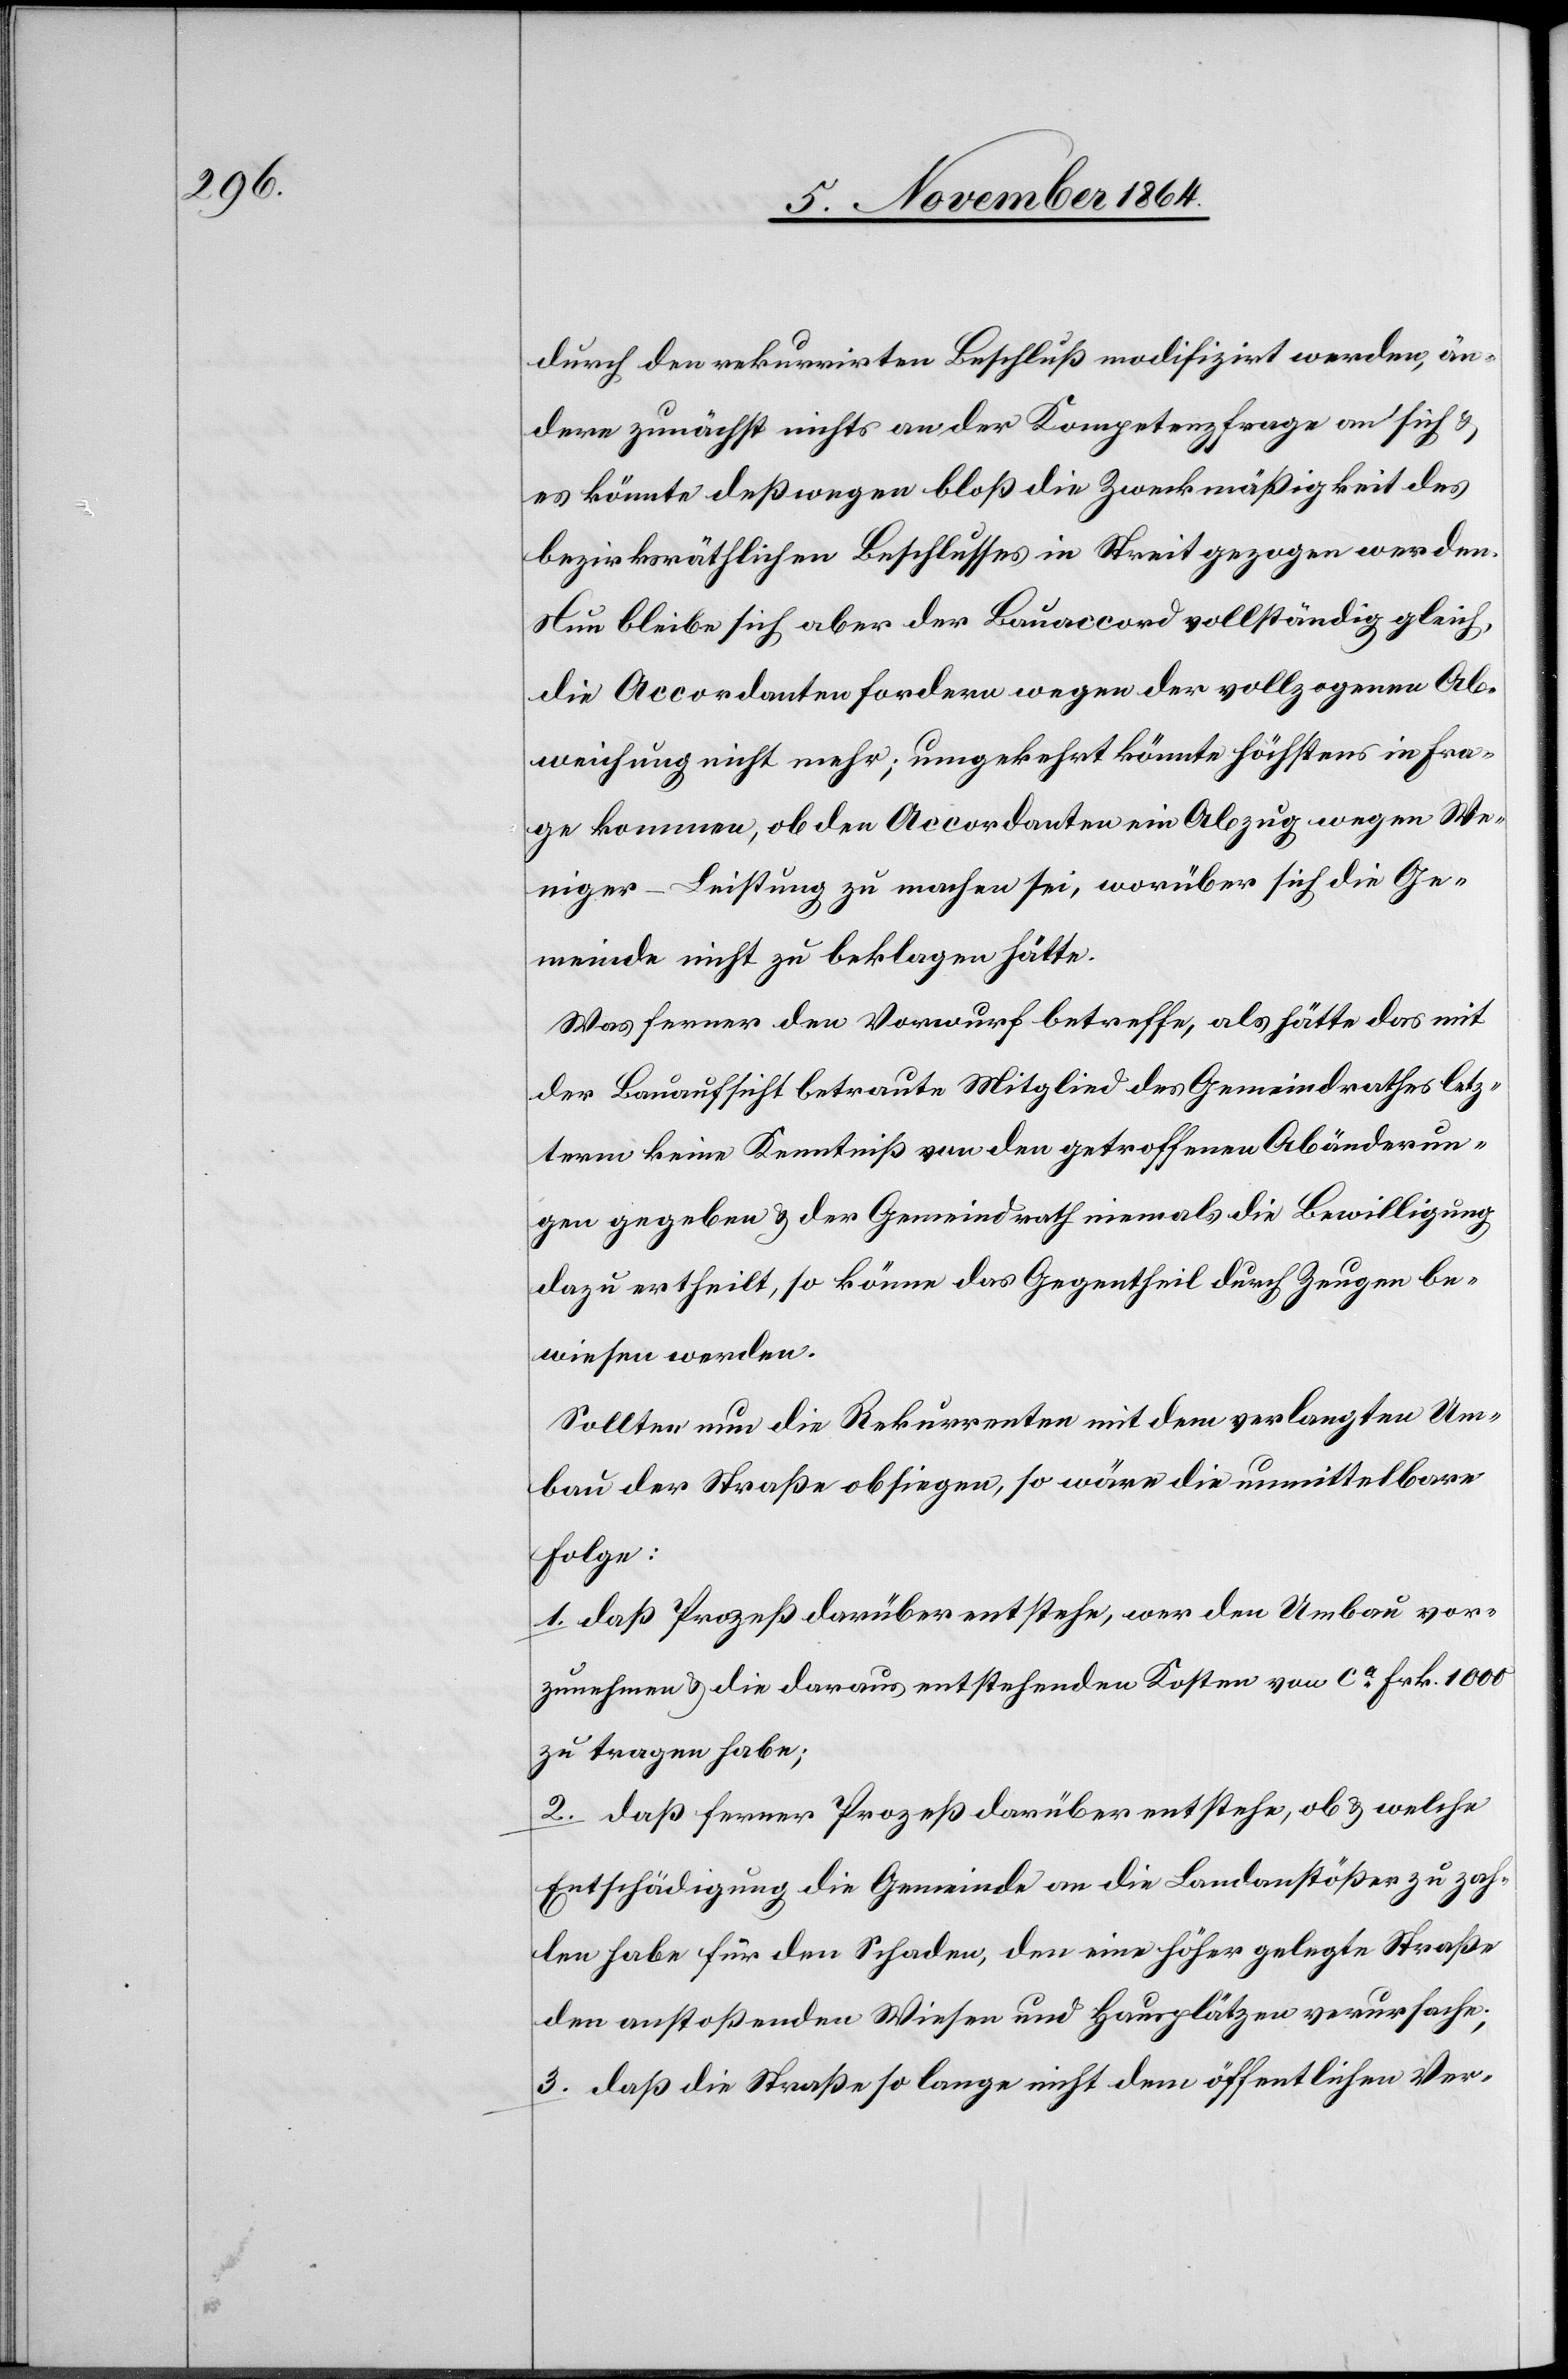
durch den rekurrirten Beschluß modifizirt werden, än¬
dere zunächst nichts an der Kompetenzfrage an sich &
es könnte deßwegen bloß die Zweckmäßigkeit des
bezirksräthlichen Beschlusses in Streit gezogen werden.
Nun bleibe sich aber der Bauaccord vollständig gleich,
die Accordanten fordern wegen der vollzogenen Ab¬
weichung nicht mehr; umgekehrt könnte höchstens in Fra¬
ge kommen, ob den Accordanten ein Abzug wegen We¬
niger-Leistung zu machen sei, worüber sich die Ge¬
meinde nicht zu beklagen hätte.
Was ferner den Vorwurf betreffe, als hätte das mit
der Bauaufsicht betraute Mitglied des Gemeindrathes letz¬
term keine Kenntniß von den getroffenen Abänderun¬
gen gegeben & der Gemeindrath niemals die Bewilligung
dazu ertheilt, so könne das Gegentheil durch Zeugen be¬
wiesen werden.
Sollten nun die Rekurrenten mit dem verlangten Um¬
bau der Straße obsiegen, so wäre die unmittelbare
Folge:
1. daß Prozeß darüber entstehe, wer den Umbau vor¬
zunehmen & die daraus entstehenden Kosten von ca Frk. 1000
zu tragen habe;
2. daß ferner Prozeß darüber entstehe, ob & welche
Entschädigung die Gemeinde an die Landanstößer zu zah¬
len habe für den Schaden, den eine höher gelegte Straße
den anstoßenden Wiesen und Hausplätzen verursache;
3. daß die Straße so lange nicht dem öffentlichen Ver-